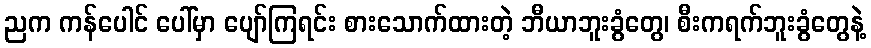
ညက ကန်ပေါင် ပေါ်မှာ ပျော်ကြရင်း စားသောက်ထားတဲ့ ဘီယာဘူးခွံတွေ၊ စီးကရက်ဘူးခွံတွေနဲ့